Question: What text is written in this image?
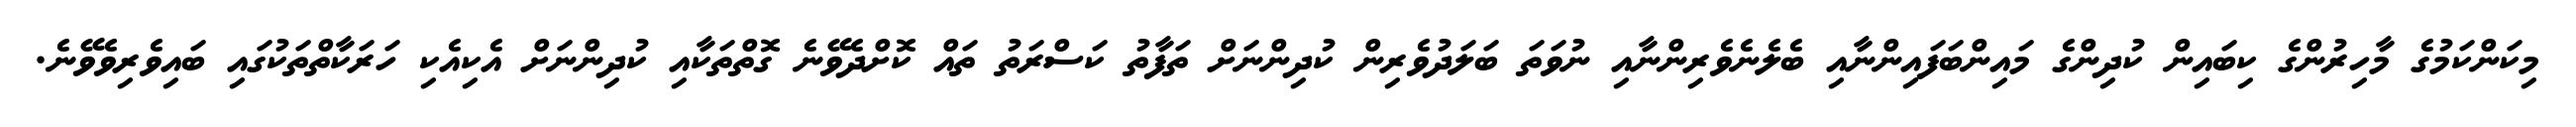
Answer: މިކަންކަމުގެ މާހިރުންގެ ކިބައިން ކުދިންގެ މައިންބަފައިންނާއި ބެލެނެވެރިންނާއި ނުވަތަ ބަލަދުވެރިން ކުދިންނަށް ތަފާތު ކަސްރަތު ތައް ކޮށްދެވޭނެ ގޮތްތަކާއި ކުދިންނަށް އެކިއެކި ހަރަކާތްތަކުގައި ބައިވެރިވެވޭނެ.